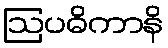
ဩပဓိကာနိ